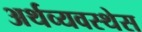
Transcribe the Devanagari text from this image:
अर्थव्यवस्थेस